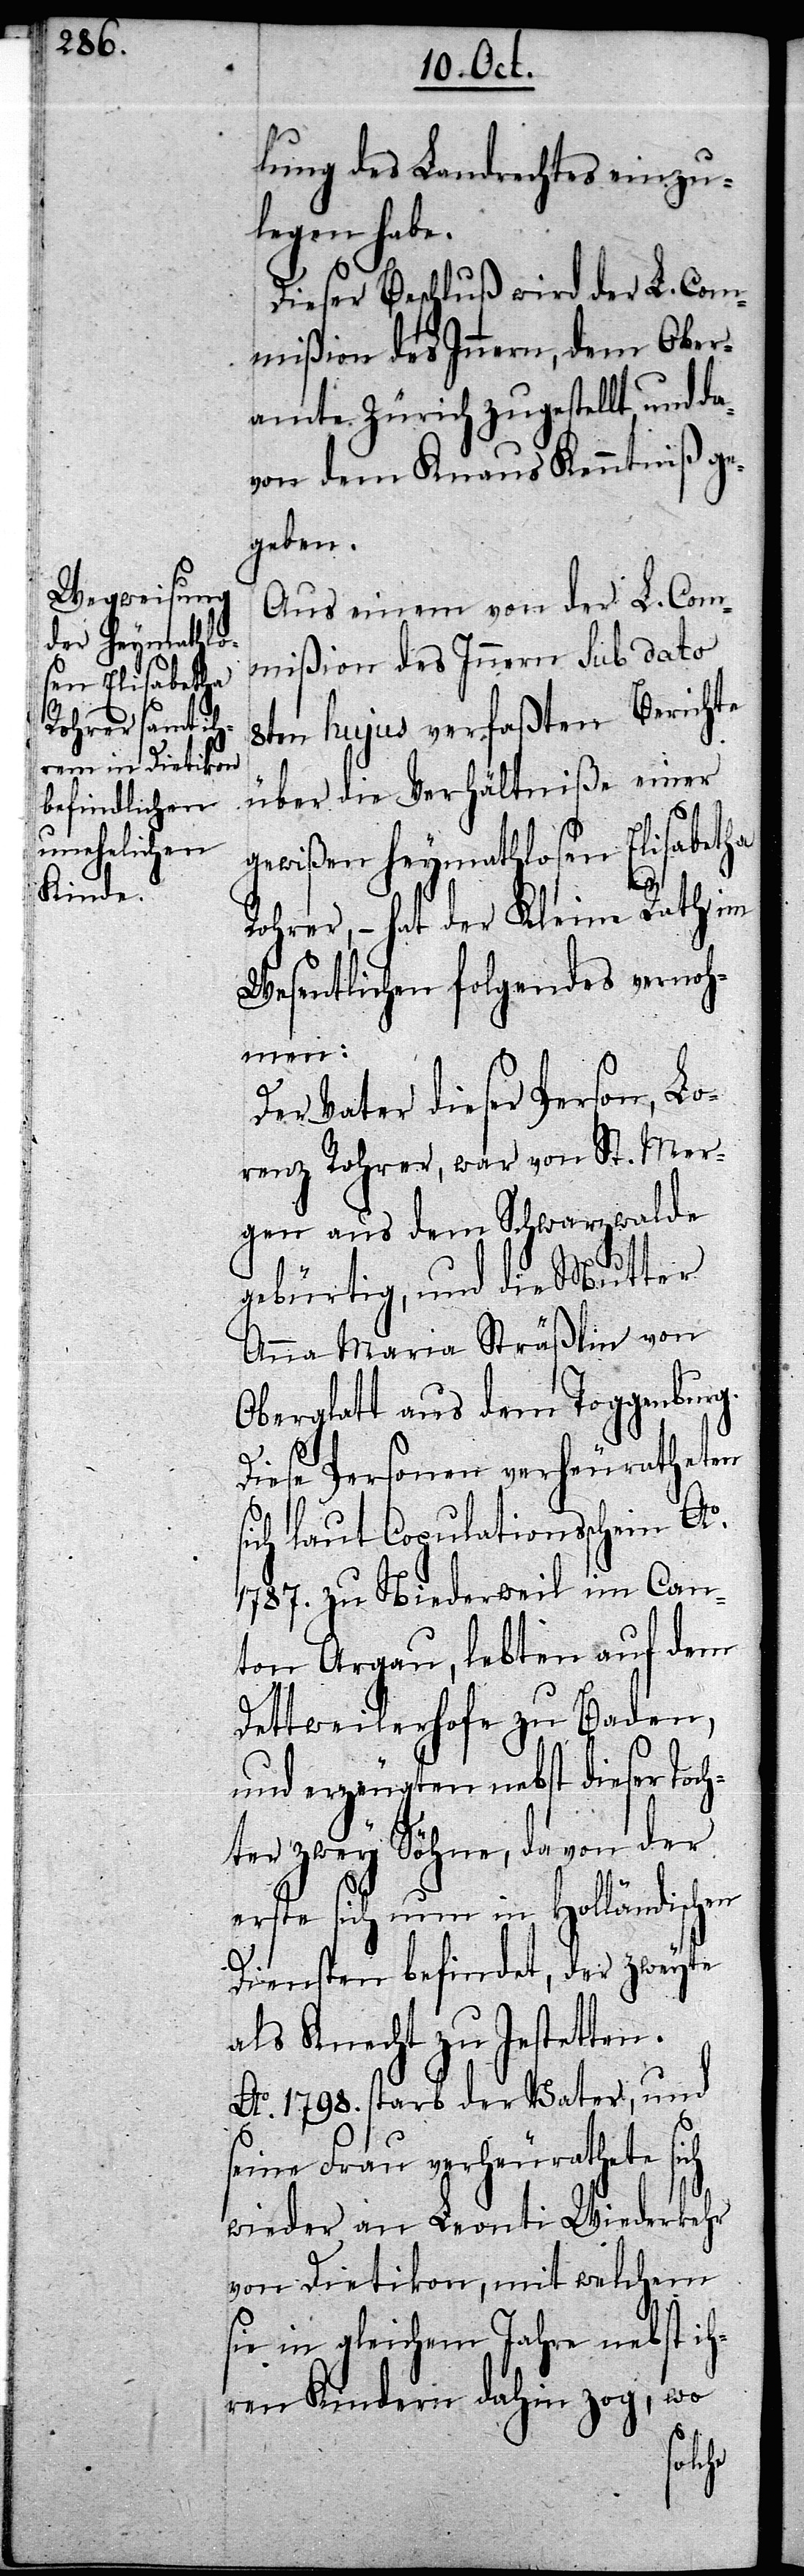
lung des Landrechtes einzu¬
legen habe.
Dieser Beschluß wird der L. Com¬
mißion des Innern, dem Ober¬
amte Zürich zugestellt, und da¬
von dem Knaus Kenntniß ge¬
geben.
Aus einem von der L. Com¬
mißion des Innern sub dato
8ten hujus verfaßten Berichte
über die Verhältniße einer
gewißen heymathlosen Elisabetha
Rohrer,– hat der Kleine Rath im
Wesentlichen folgendes vernoh¬
men:
Der Vater dieser Person, Lo¬
renz Rohrer, war von St. Mer¬
gen aus dem Schwarzwalde
gebürtig, und die Mutter
Anna Maria Sträßlin von
Oberglatt aus dem Toggenburg.
Diese Personen verheuratheten
sich laut Copulationsschein Ao.
1787. zu Niederweil im Can¬
ton Argau, lebten auf dem
Dettweilerhofe zu Baden
und erzeugten nebst dieser Toch¬
ter zwey Söhne, da von der
erste sich nun in Holländischen
Diensten befindet, der zweyte
als Knecht zu Jestetten.
Ao. 1798. starb der Vater, und
seine Frau verheurathete sich
wieder an Leonti Wiederkehr
von Dietikon, mit welchem
sie in gleichem Jahre nebst ih¬
ren Kindern dahin zog, wo